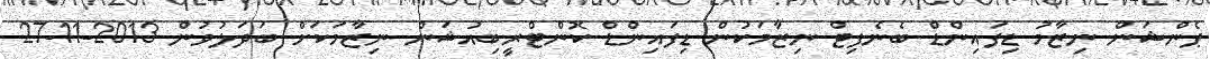
ޕެންޝަން ނިޒާމު ޑިފައިންޑް ބެނެފިޓް ނިޒާމަކުން ޑިފައިންޑް ކޮންޓްރީބިއުޝަން ނިޒާމަކަށް ބަދަލުވުން 2013-11-27